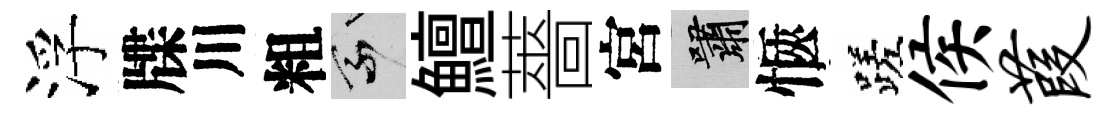
浮牒川粗乘鱣薔宮嘯愜蹉侯葭